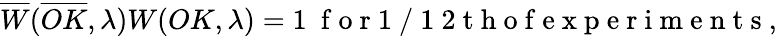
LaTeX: \overline{{W}}(\overline{{OK}},\lambda)W(OK,\lambda)=1\ \mathrm{~f~o~r~1~/~1~2~t~h~o~f~e~x~p~e~r~i~m~e~n~t~s~},